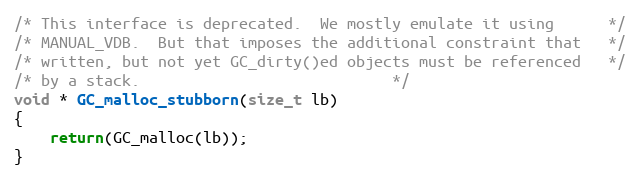
Language: C
/* This interface is deprecated.  We mostly emulate it using	  */
/* MANUAL_VDB.  But that imposes the additional constraint that	  */
/* written, but not yet GC_dirty()ed objects must be referenced	  */
/* by a stack.							  */
void * GC_malloc_stubborn(size_t lb)
{
    return(GC_malloc(lb));
}